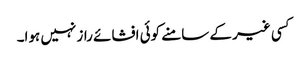
کسی غیر کے سامنے کوئی افشائے راز نہیں ہوا۔